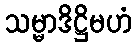
သမ္မာဒိဋ္ဌိမဟံ